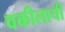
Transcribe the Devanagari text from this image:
वकीलाची